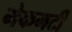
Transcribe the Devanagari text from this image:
मेकमर्टी